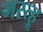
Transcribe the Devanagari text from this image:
मस्त्हू